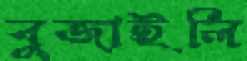
বুজাইলি